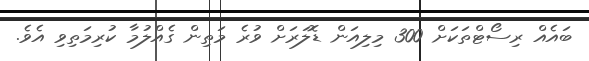
ބައެއް ރިސޯޓްތަކަށް 300 މިލިއަން ޑޮލަރަށް ވުރެ މަތިން ގެއްލުމާ ކުރިމަތިވި އެވެ.